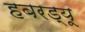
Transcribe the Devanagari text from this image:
हबरड्यू